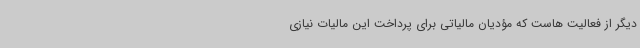
دیگر از فعالیت هاست که مؤدیان مالیاتی برای پرداخت این مالیات نیازی